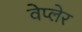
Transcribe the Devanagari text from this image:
वेप्लेर